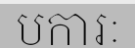
បការៈ